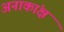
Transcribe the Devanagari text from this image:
अनाकांक्ष